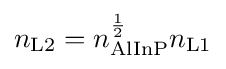
n_{\text{L2}}=n_{\text{AlInP}}^{\frac {1}{2}}n_{\text{L1}}